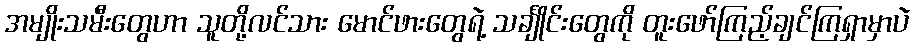
အမျိုးသမီးတွေဟာ သူတို့လင်သား မောင်ဖားတွေရဲ့ သင်္ချိုင်းတွေကို တူးဖော်ကြည့်ချင်ကြရှာမှာပဲ